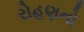
રોહણનો